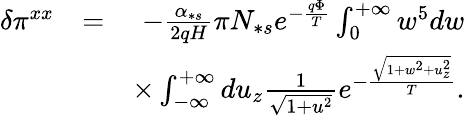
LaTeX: \begin{array}{rlr}{\delta\pi^{xx}}&{=}&{-\frac{\alpha_{\ast s}}{2qH}\pi N_{\ast s}e^{-\frac{q\Phi}{T}}\int_{0}^{+\infty}w^{5}dw}\\ &{}&{\times\int_{-\infty}^{+\infty}du_{z}\frac{1}{\sqrt{1+u^{2}}}e^{-\frac{\sqrt{1+w^{2}+u_{z}^{2}}}{T}}.}\end{array}